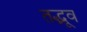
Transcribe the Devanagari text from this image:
तद्भूव